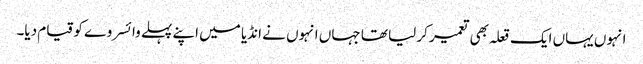
انہوں یہاں ایک قعلہ بھی تعمیر کر لیا تھا جہاں انہوں نے انڈیا میں اپنے پہلے وائسروے کو قیام دیا۔